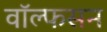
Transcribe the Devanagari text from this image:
वॉल्फसन